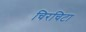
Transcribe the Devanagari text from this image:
चिरचिटा